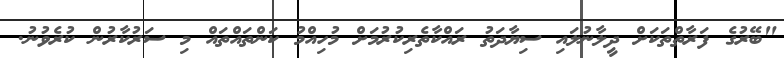
"ބޭރުގެ ފަރާތްތަކަށް ދީލާނުލައި ސިޔާދަތު ރައްކާތެރިކުރުމަށް މުހިއްމު ކަންތައްތައް މި ސަރުކާރުން ކުރެވުނު.